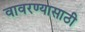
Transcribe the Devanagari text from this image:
वावरण्यासाठी